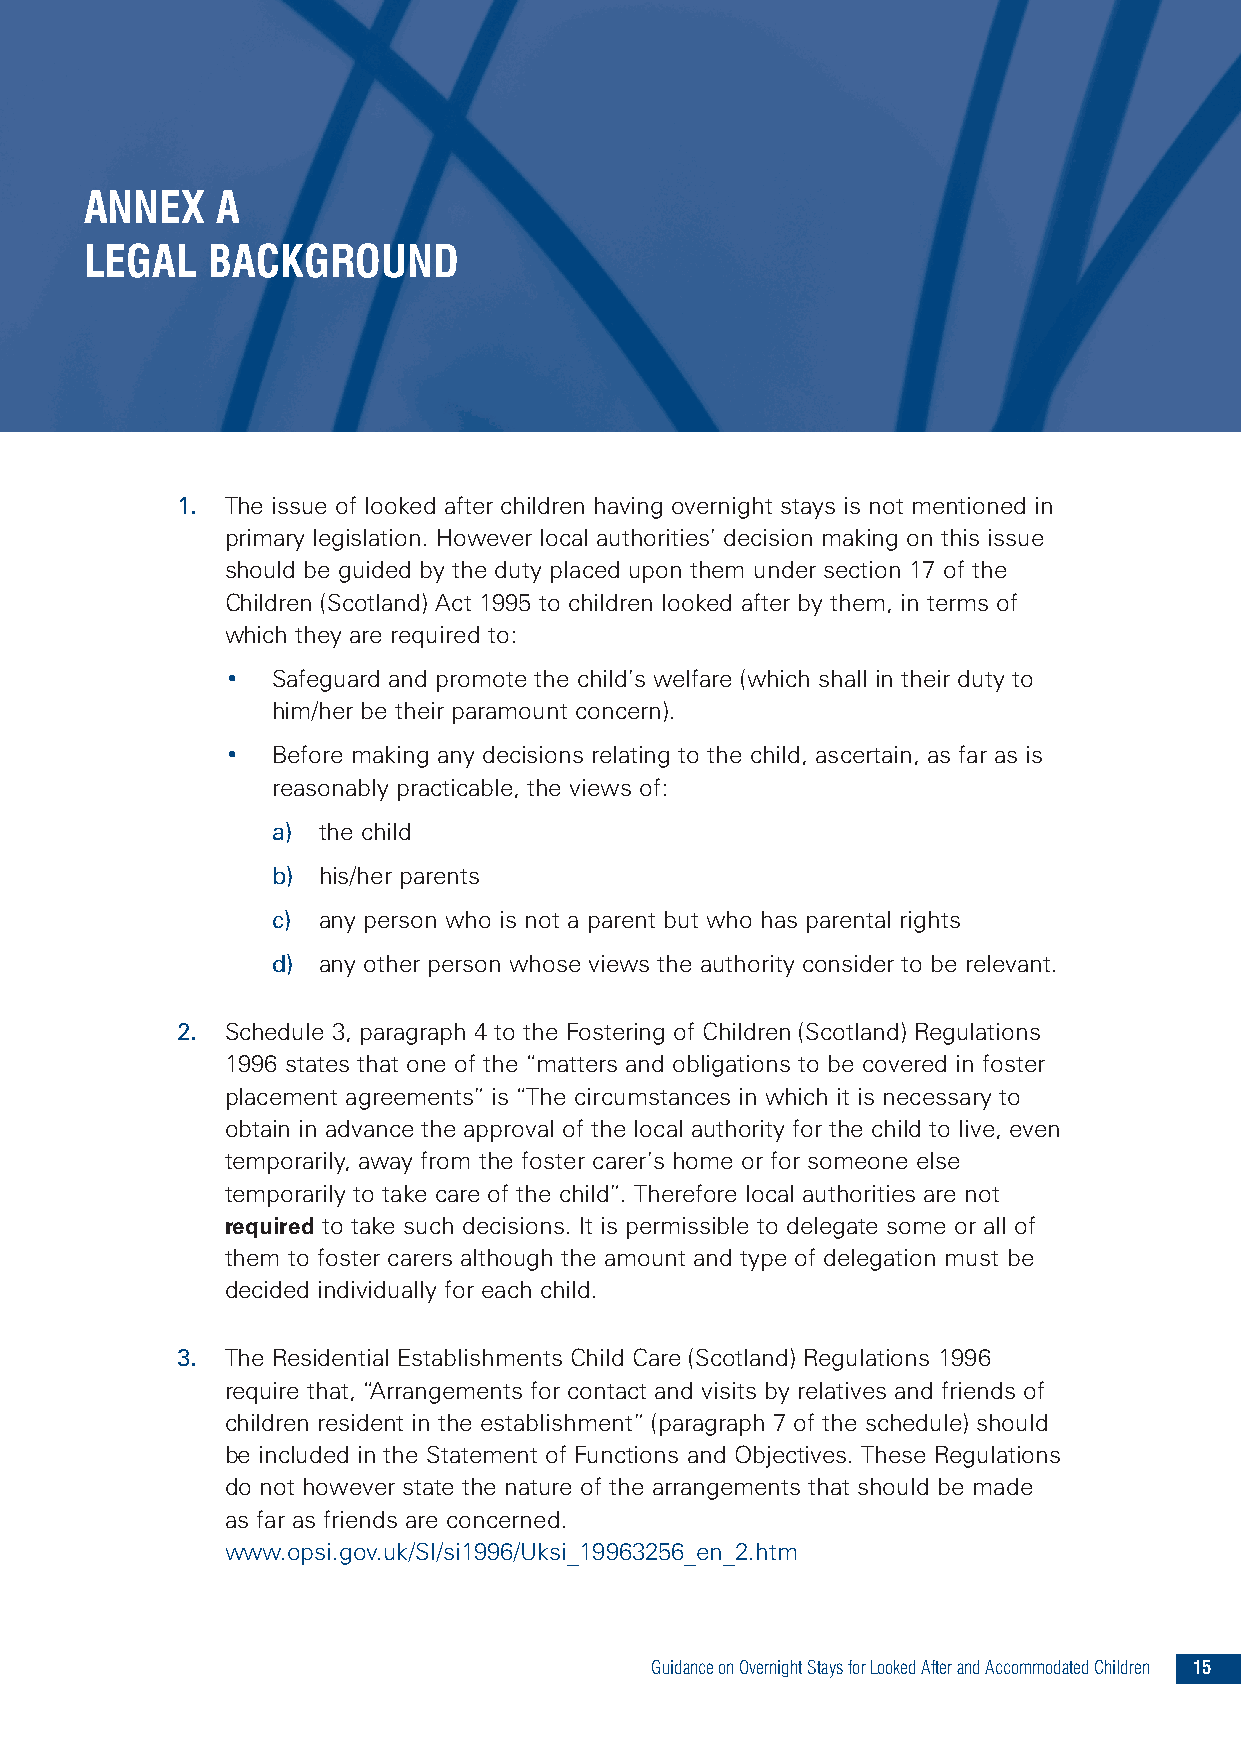
ANNEX   A
 LEGAL   BACKGROUND
 1. The issue of looked after children having overnight stays is not mentioned in
 primary legislation. However local authorities’ decision making on this issue
 should be guided by the duty placed upon them under section 17 of the
 Children (Scotland) Act 1995 to children looked after by them, in terms of
 which they are required to:
 •  Safeguard and promote the child’s welfare (which shall in their duty to
 him/her be their paramount concern).
 •  Before making any decisions relating to the child, ascertain, as far as is
 reasonably practicable, the views of:
 a) the child
 b) his/her parents
 c) any person who is not a parent but who has parental rights
 d) any other person whose views the authority consider to be relevant.
 2. Schedule 3, paragraph 4 to the Fostering of Children (Scotland) Regulations
 1996 states that one of the “matters and obligations to be covered in foster
 placement agreements” is “The circumstances in which it is necessary to
 obtain in advance the approval of the local authority for the child to live, even
 temporarily, away from the foster carer’s home or for someone else
 temporarily to take care of the child”. Therefore local authorities are not
 required to take such decisions. It is permissible to delegate some or all of
 them to foster carers although the amount and type of delegation must be
 decided individually for each child.
 3. The Residential Establishments Child Care (Scotland) Regulations 1996
 require that, “Arrangements for contact and visits by relatives and friends of
 children resident in the establishment” (paragraph 7 of the schedule) should
 be included in the Statement of Functions and Objectives. These Regulations
 do not however state the nature of the arrangements that should be made
 as far as friends are concerned.
 www.opsi.gov.uk/SI/si1996/Uksi_19963256_en_2.htm
 GuidanceonOvernightStaysforLookedAfterandAccommodatedChildren 15